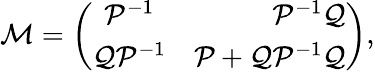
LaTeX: {\cal M}=\left(\begin{array}{crc}{{{\cal P}^{-1}}}&{{{\cal P}^{-1}{\cal Q}}}\\ {{{\cal Q}{\cal P}^{-1}}}&{{{\cal P}+{\cal Q}{\cal P}^{-1}{\cal Q}}}\end{array}\right),